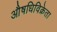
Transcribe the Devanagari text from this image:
औषधिविक्रेता